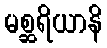
မစ္ဆရိယာနိ